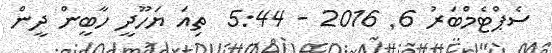
ސެޕްޓެމްބަރު 6